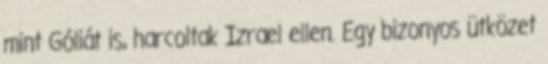
mint Góliát is, harcoltak Izrael ellen. Egy bizonyos ütközet